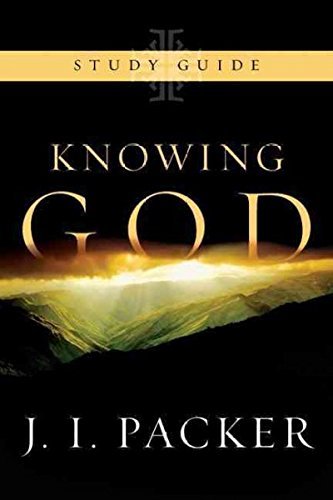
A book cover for Knowing God Study Guide; J. I. Packer; Christian Books & Bibles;